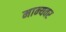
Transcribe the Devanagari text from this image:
मान्‍यवर